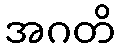
အဂတိ